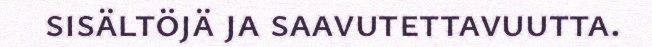
sisältöjä ja saavutettavuutta.